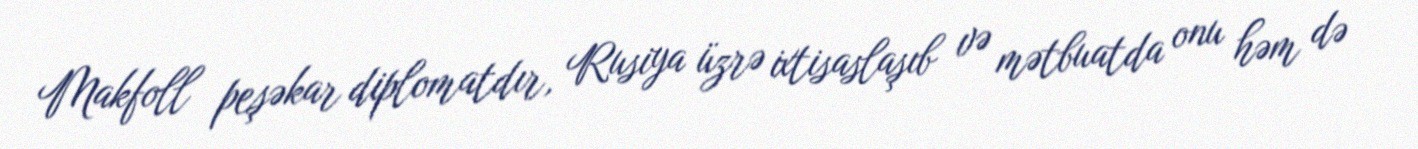
Makfoll peşəkar diplomatdır, Rusiya üzrə ixtisaslaşıb və mətbuatda onu həm də